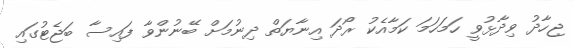
ޖިހާދު ވިދާޅުވީ ހަމަހަމަ ކަމާއެކު ރޯދަ އިނާޔަތް ދިނުމަށް ބޭނުންވާ ފައިސާ ބަޖެޓުގައި